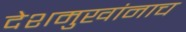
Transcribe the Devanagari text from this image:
देशमुखांनाच